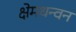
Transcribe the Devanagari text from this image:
क्षेमधन्वन